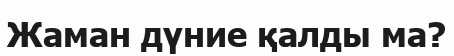
Жаман дүние қалды ма?